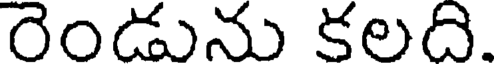
రెండును కలది.